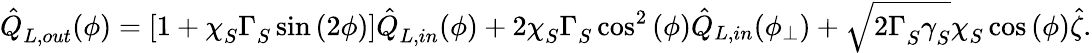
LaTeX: \hat{Q}_{L,out}^{}(\phi)=\left[1+\chi_{S}^{}\Gamma_{S}^{}\sin{(2\phi)}\right]\hat{Q}_{L,in}^{}(\phi)+2\chi_{S}^{}\Gamma_{S}^{}\cos^{2}{(\phi)}\hat{Q}_{L,in}(\phi_{\bot})+\sqrt{2\Gamma_{S}^{}\gamma_{S}^{}}\chi_{S}^{}\cos{(\phi)}\hat{\zeta}.